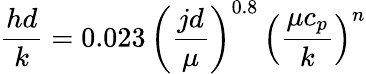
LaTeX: {\frac{hd}{k}}={0.023}\, \left({\frac{jd}{\mu}}\right)^{0.8}\, \left({\frac{\mu c_{p}}{k}}\right)^{n}